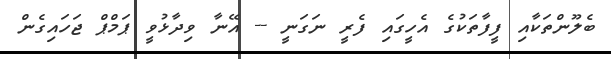
ބެލޫންތަކާއި ފީފާތަކުގެ އެހީގައި ފެރީ ނަގަނީ -- އޭނާ ވިދާޅުވީ ޕަމްޕް ޖަހައިގެން